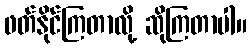
ဖတ်နိုင်ကြတာလို့ ဆိုကြတာပါ။